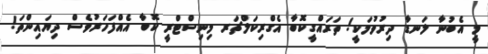
މީ އެބުނާ ލަނޑާ ދިރުވުމަކީ! ތަރައްގީކޮބާ އެގްރިކަލްޗަރ މިނިސްޓްރީ ކޮބާ އެއްފަހަރުވެސް ދިޔައިންތަ!